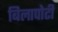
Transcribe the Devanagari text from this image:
बिलापोटी